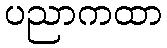
ပညာကထာ